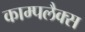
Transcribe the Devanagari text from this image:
काम्पलैक्स